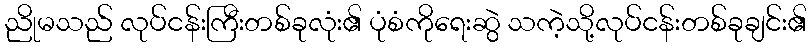
ညိုမသည် လုပ်ငန်းကြီးတစ်ခုလုံး၏ ပုံစံကိုရေးဆွဲ သကဲ့သို့လုပ်ငန်းတစ်ခုချင်း၏